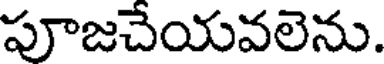
పూజచేయవలెను.